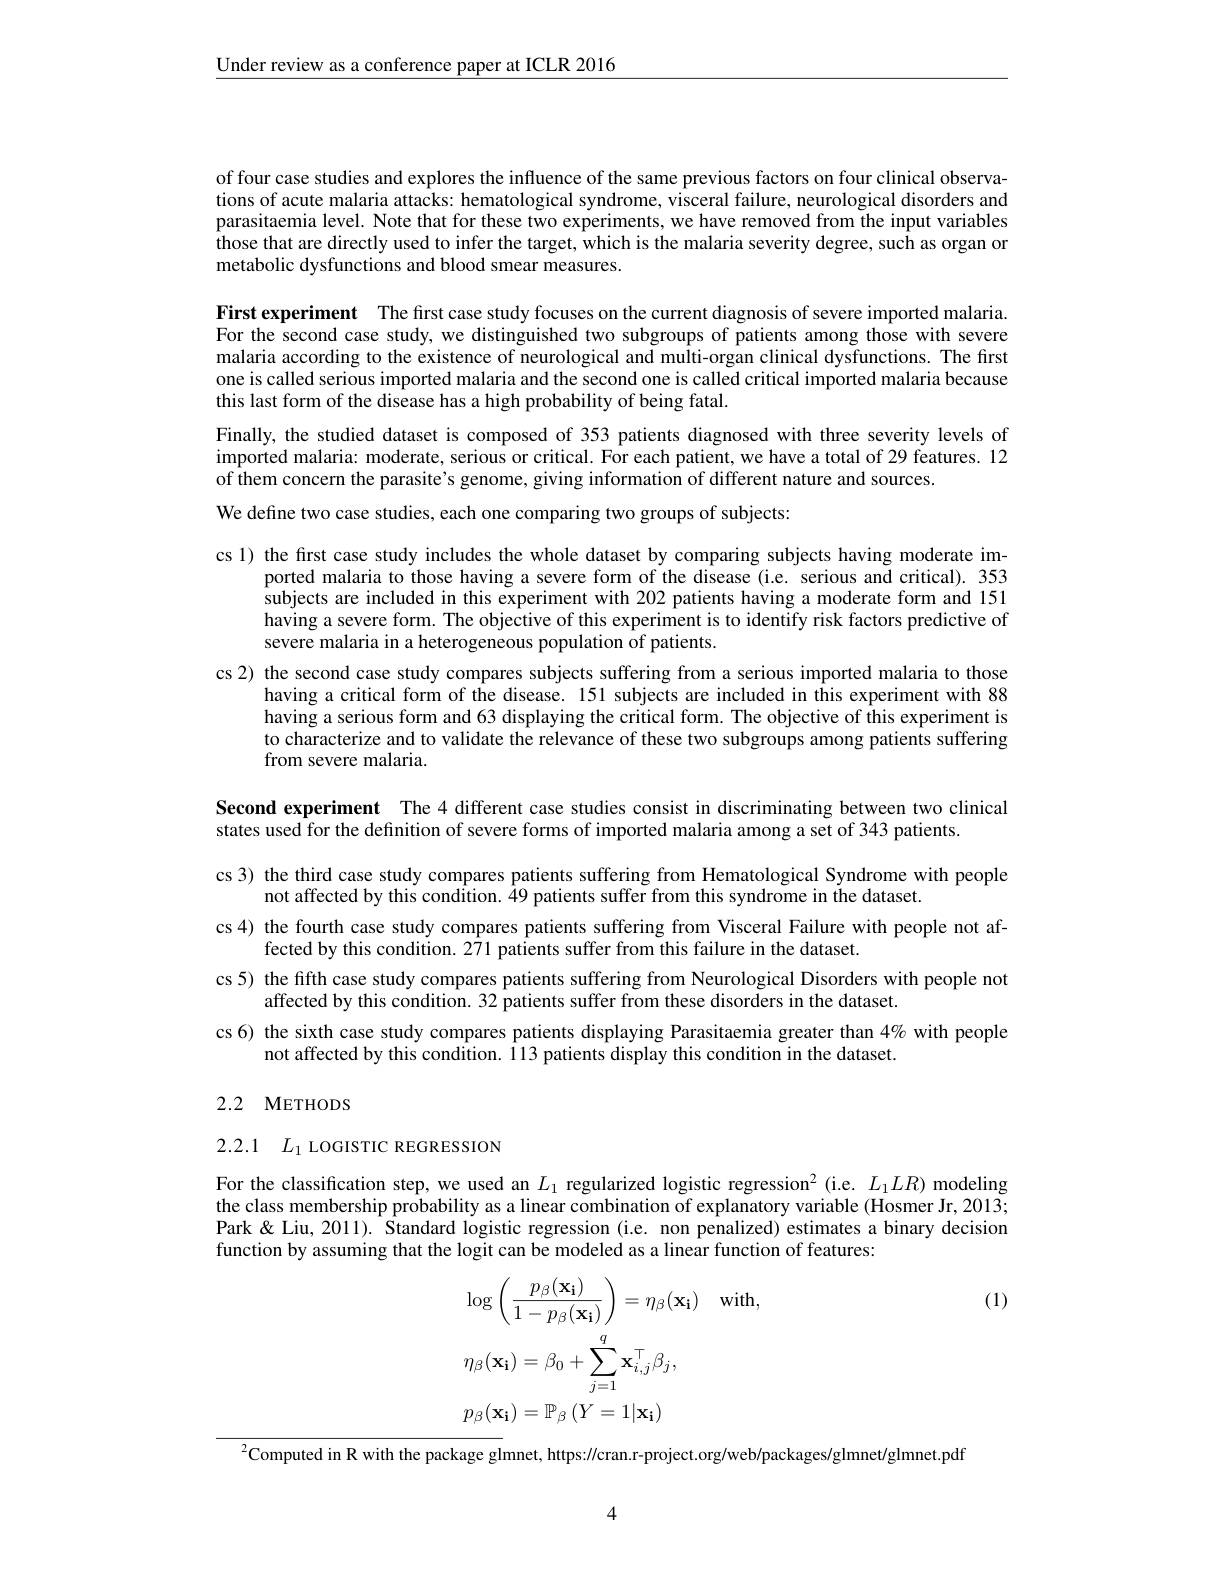
$\underline{\text{Under review as a conference paper at ICLR 2016}}$

of four case studies and explores the influence of the same previous factors on four clinical observations of acute malaria attacks: hematological syndrome, visceral failure, neurological disorders and parasitaemia level. Note that for these two experiments, we have removed from the input variables those that are directly used to infer the target, which is the malaria severity degree, such as organ or metabolic dysfunctions and blood smear measures.

First experiment The first case study focuses on the current diagnosis of severe imported malaria. For the second case study, we distinguished two subgroups of patients among those with severe malaria according to the existence of neurological and multi-organ clinical dysfunctions. The first one is called serious imported malaria and the second one is called critical imported malaria because this last form of the disease has a high probability of being fatal.
Finally, the studied dataset is composed of 353 patients diagnosed with three severity levels of imported malaria: moderate, serious or critical. For each patient, we have a total of 29 features. 12 of them concern the parasite's genome, giving information of different nature and sources
We define two case studies, each one comparing two groups of subjects:

cs 1) the first case study includes the whole dataset by comparing subjects having moderate im-
ported malaria to those having a severe form of the disease (i.e. serious and critical). 353 subjects are included in this experiment with 202 patients having a moderate form and 151 having a severe form. The objective of this experiment is to identify risk factors predictive of severe malaria in a heterogeneous population of patients.
cs 2) the second case study compares subjects suffering from a serious imported malaria to those
having a critical form of the disease. 151 subjects are included in this experiment with 88 having a serious form and 63 displaying the critical form. The objective of this experiment is to characterize and to validate the relevance of these two subgroups among patients suffering from severe malaria.

Second experiment The 4 different case studies consist in discriminating between two clinical
states used for the definition of severe forms of imported malaria among a set of 343 patients.
cs 3) the third case study compares patients suffering from Hematological Syndrome with people
not affected by this condition. $\hat{4}9$ patients suffer from this syndrome in the dataset.
cs 4) the fourth case study compares patients suffering from Visceral Failure with people not af-
fected by this condition. 271 patients suffer from this failure in the dataset.
cs 5) the fifth case study compares patients suffering from Neurological Disorders with people not
affected by this condition. 32 patients suffer from these disorders in the dataset.
cs 6) the sixth case study compares patients displaying Parasitaemia greater than $4\%$ with people
not affected by this condition. 113 patients display this condition in the dataset.

# 2.2 METHODS

2.2.1 $L_{1}$ LOGISTIC REGRESSION

For the classification step, we used an $L_1$ regularized logistic regression$^2$ (i.e. $L_1LR)$ modeling the class membership probability as a linear combination of explanatory variable (Hosmer Jr, 2013; Park &Liu, 2011). Standard logistic regression (i.e. non penalized) estimates a binary decision function by assuming that the logit can be modeled as a linear function of features:

(1)
$$\begin{aligned}&\log\left(\frac{p_{\beta}(\mathbf{x_{i}})}{1-p_{\beta}(\mathbf{x_{i}})}\right)=\eta_{\beta}(\mathbf{x_{i}})\quad\mathrm{with},\\&\eta_{\beta}(\mathbf{x_{i}})=\beta_{0}+\sum_{j=1}^{q}\mathbf{x_{i,j}^{\top}\beta_{j}},\\&p_{\beta}(\mathbf{x_{i}})=\mathbb{P}_{\beta}\:(Y=1|\mathbf{x_{i}})\end{aligned}$$
$^{2}$Computed in R with the package glmnet, https://cran.r-project.org/web/packages/glmnet/glmnet.pdf

4